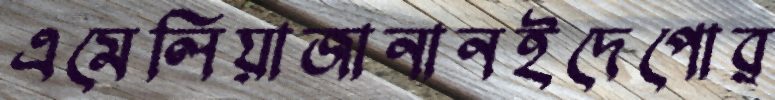
এমেলিয়াজানানইদেপোর্